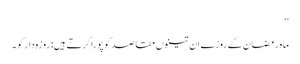
‘‘
ماہِ رمضان کے روزے ان تینوں مقاصد کو پورا کرتے ہیں: روزہ دار کو ۔